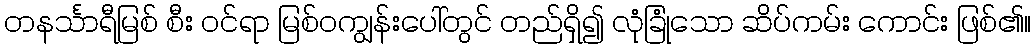
တနင်္သာရီမြစ် စီး ဝင်ရာ မြစ်ဝကျွန်းပေါ်တွင် တည်ရှိ၍ လုံခြုံသော ဆိပ်ကမ်း ကောင်း ဖြစ်၏။